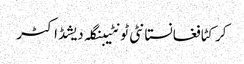
کرکٹافغانستانٹی ٹونٹیبنگلہ دیشڈاکٹر